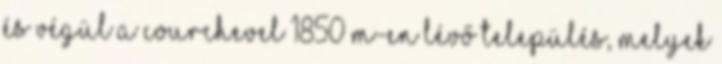
és végül a Courchevel 1850 m-en lévő település, melyek